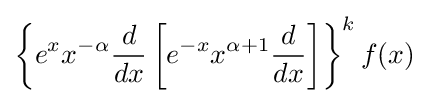
\left\{e^{x}x^{-\alpha }{\frac {d}{dx}}\left[e^{-x}x^{\alpha +1}{\frac {d}{dx}}\right]\right\}^{k}f(x)